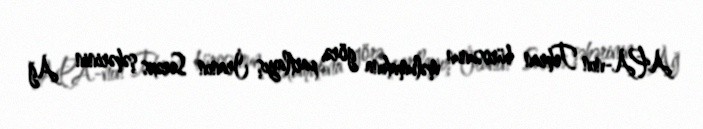
APA-nın Tehran bürosunun məlumatına görə, partlayış İranın Sərəxs şəhərinin Ağ